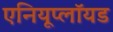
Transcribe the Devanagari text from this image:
एनियूप्लॉयड